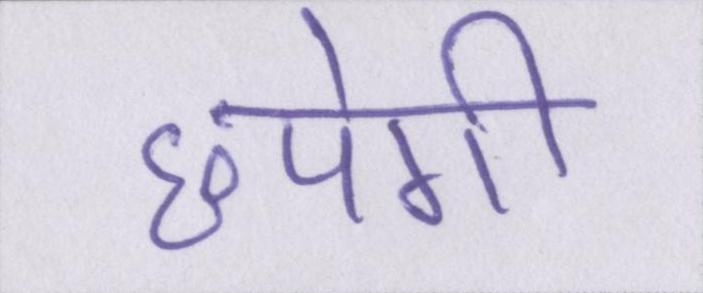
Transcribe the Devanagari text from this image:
छपेगी